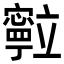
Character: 𮄽